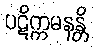
ပဋိက္ကမနန္တိ